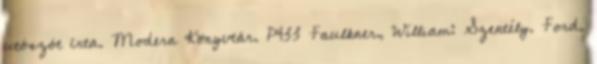
utószót írta. Modern Könyvtár. P433 Faulkner, William: Szentély. Ford.